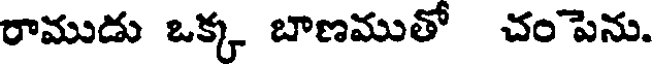
రాముడు ఒక్క బాణముతో చంపెను.